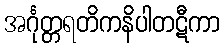
အင်္ဂုတ္တရတိကနိပါတဋီကာ